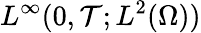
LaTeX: L^{\infty}(0,\mathcal{T};L^{2}(\Omega))